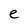
Character: e